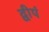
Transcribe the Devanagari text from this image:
द्वीपं